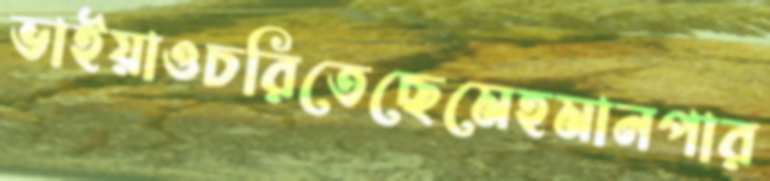
ভাইয়াওচরিতেছেমেহমানপার